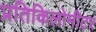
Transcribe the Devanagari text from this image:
प्रतिकिलोमीटर